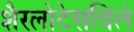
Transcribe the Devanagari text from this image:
शैरलोटेसविले